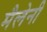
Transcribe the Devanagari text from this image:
मैलेनी